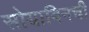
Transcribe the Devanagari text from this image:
सोयाबिनची